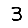
Digit: 3